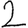
Digit: 2